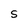
Character: S